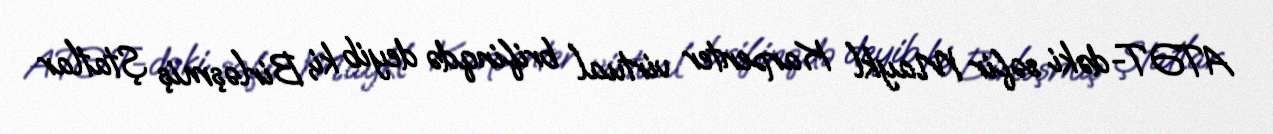
ATƏT-dəki səfir Maykl Karpenter virtual brifinqdə deyib ki, Birləşmiş Ştatlar